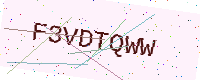
Text: F3VDTQWW